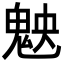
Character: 𩲴